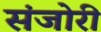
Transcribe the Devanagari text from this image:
संजोरी